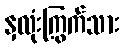
နှလုံးကြွက်သား